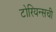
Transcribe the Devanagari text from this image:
टोरियन्सची